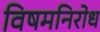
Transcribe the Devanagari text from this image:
विषमनिरोध